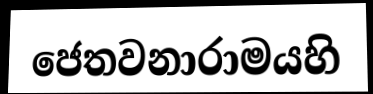
ජෙතවනාරාමයහි